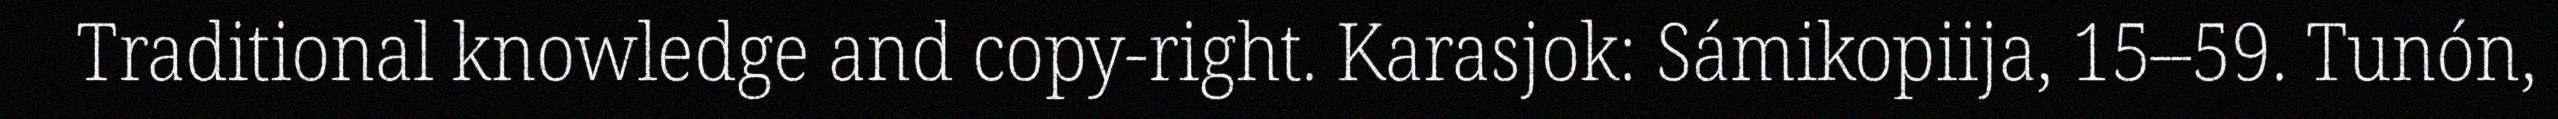
Traditional knowledge and copy-right. Karasjok: Sámikopiija, 15–59. Tunón,